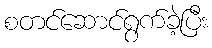
စတင်ဆောင်ရွက်ခဲ့ပြီး